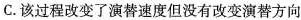
C.该过程改变了演替速度但没有改变演替方向